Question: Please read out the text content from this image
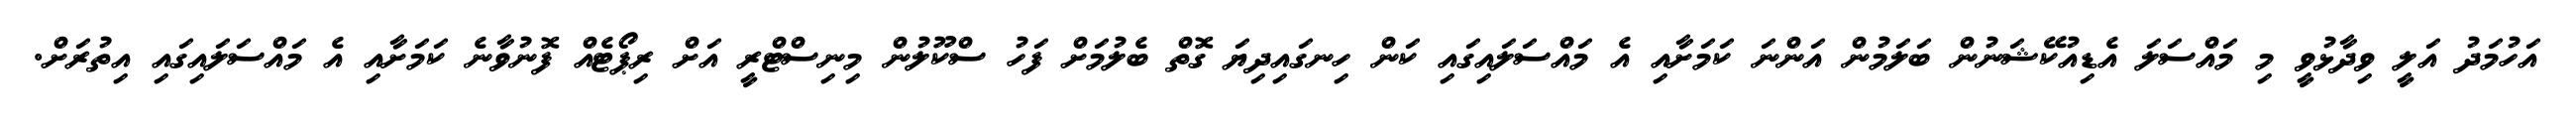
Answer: އަހުމަދު އަލީ ވިދާޅުވީ މި މައްސަލަ އެޑިއުކޭޝަނުން ބަލަމުން އަންނަ ކަމަށާއި އެ މައްސަލައިގައި ކަން ހިނގައިދިޔަ ގޮތް ބެލުމަށް ފަހު ސްކޫލުން މިނިސްޓްރީ އަށް ރިޕޯޓެއް ފޮނުވާނެ ކަމަށާއި އެ މައްސަލައިގައި އިތުރަށް.